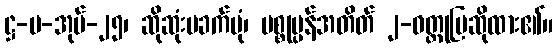
ဋ္ဌ-ပ-အုပ်-၂၅၊ ဆိုဆုံးမခက်ပုံ၊ ပစ္စုပ္ပန်အတိတ် ၂-ဝတ္ထုပြဆိုထား၏။